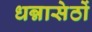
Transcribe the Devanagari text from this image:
धन्नासेठों